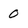
Character: 0